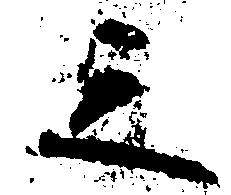
之